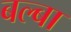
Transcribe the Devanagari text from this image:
बल्बा